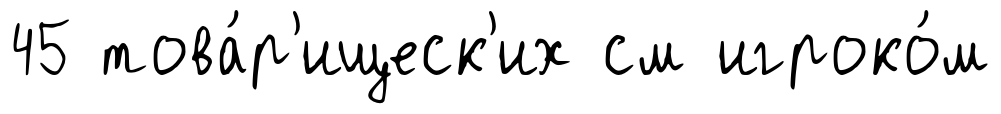
45 това́р'ищеск'их см игроко́м